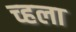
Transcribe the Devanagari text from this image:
च्हला